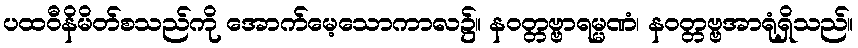
ပထဝီနိမိတ်စသည်ကို အောက်မေ့သောကာလ၌။ နဝတ္တဗ္ဗာရမ္မဏံ၊ နဝတ္တဗ္ဗအာရုံရှိသည်။